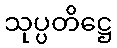
သုပ္ပတိဋ္ဌေ